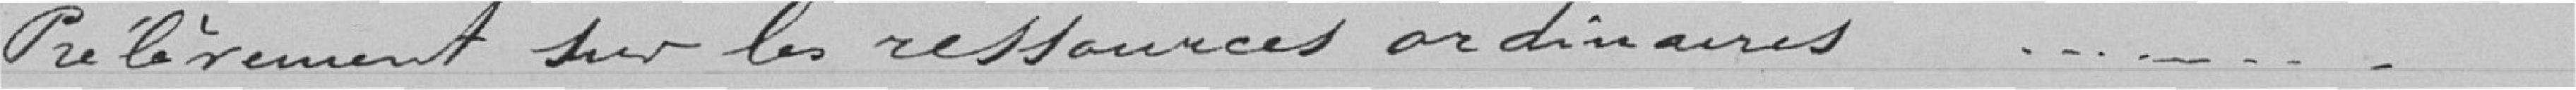
Prélèvements sur les ressources ordinaires....